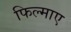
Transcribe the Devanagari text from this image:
फिल्‍माए